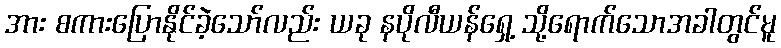
အား စကားပြောနိုင်ခဲ့သော်လည်း ယခု နပိုလီယန်ရှေ့ သို့ရောက်သောအခါတွင်မူ